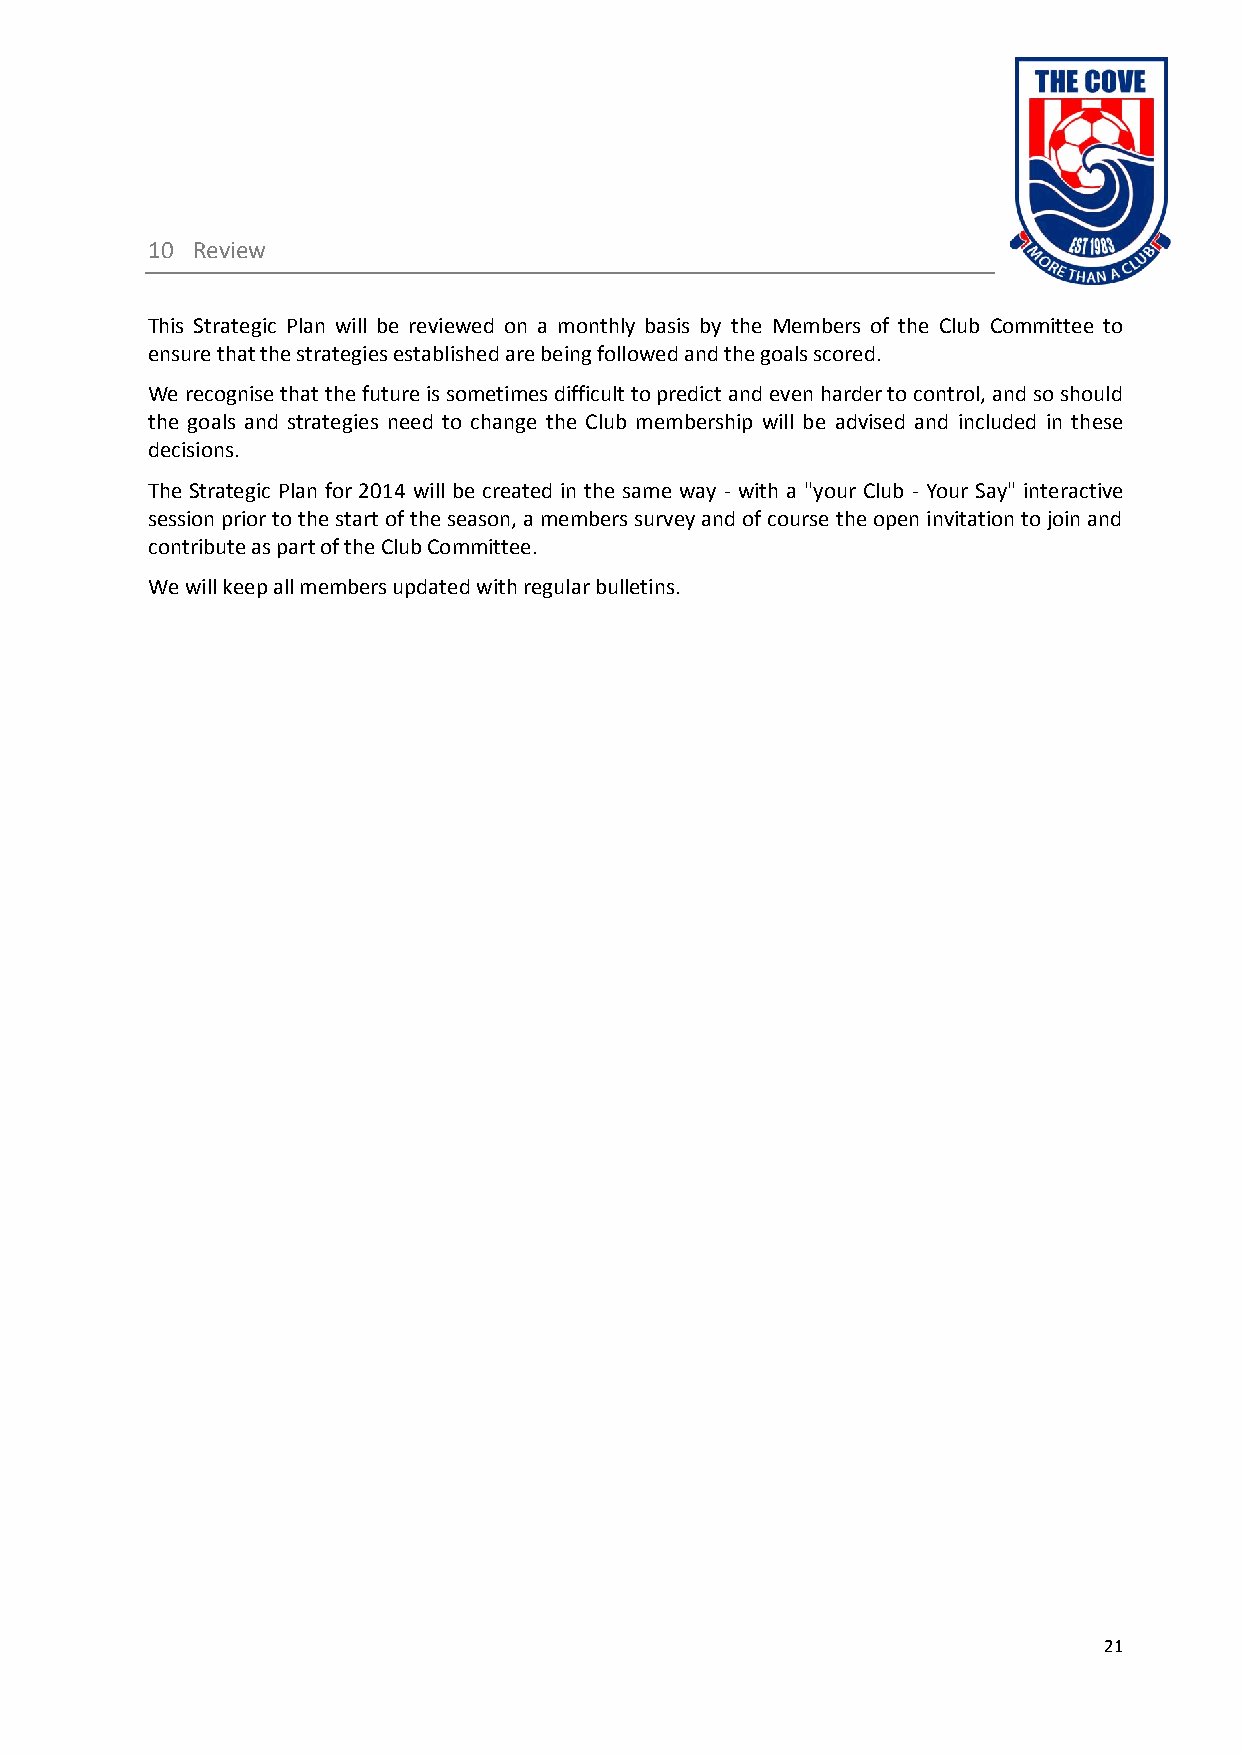
10 Review
 This Strategic Plan will be reviewed on a monthly basis by the Members of the Club Committee to
 ensure that the strategies established are being followed and the goals scored.
 We recognise that the future is sometimes difficult to predict and even harder to control, and so should
 the goals and strategies need to change the Club membership will be advised and included in these
 decisions.
 The Strategic Plan for 2014 will be created in the same way - with a "your Club - Your Say" interactive
 session prior to the start of the season, a members survey and of course the open invitation to join and
 contribute as part of the Club Committee.
 We will keep all members updated with regular bulletins.
 21